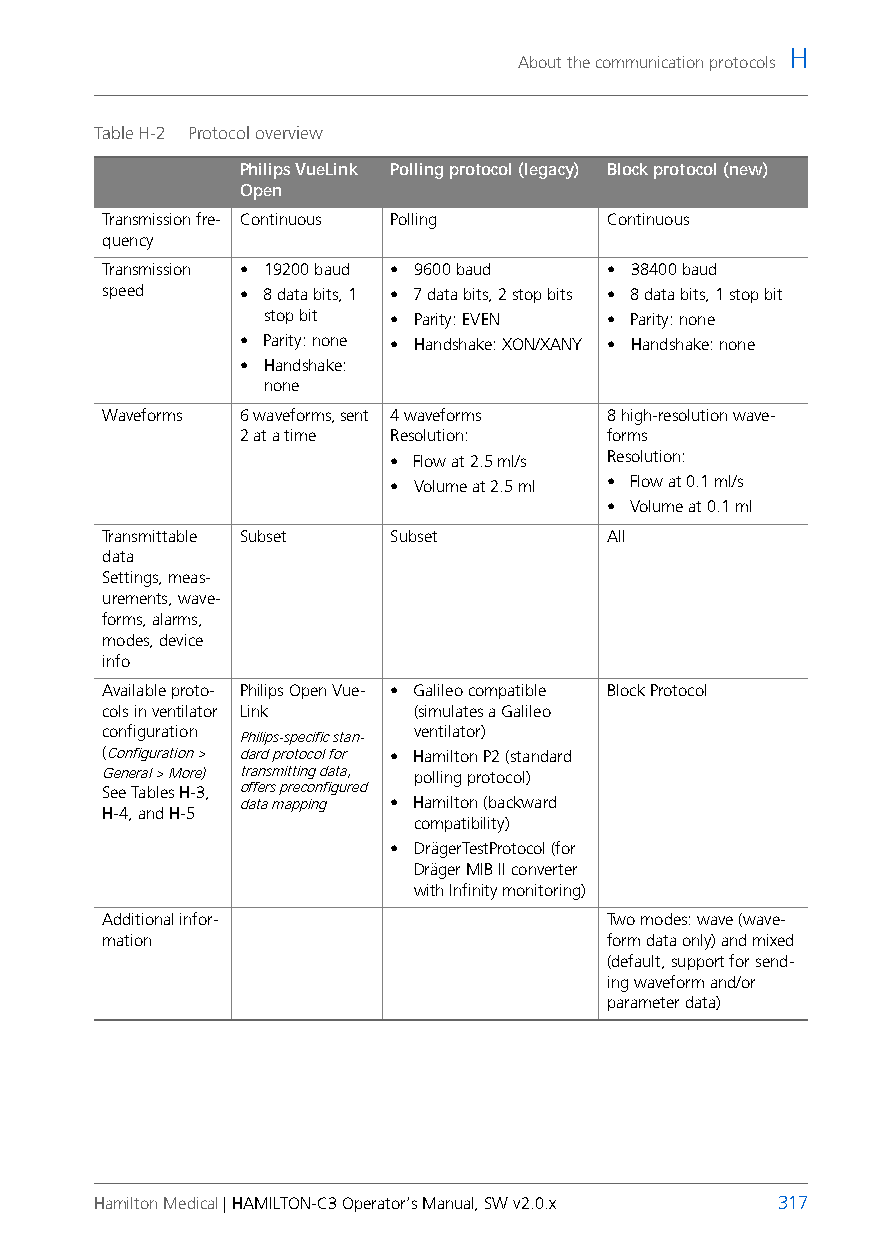
H
 About the communication protocols
 Table H-2 Protocol overview
 Philips VueLink Polling protocol (legacy) Block protocol (new)
 Open
 Transmission fre- Continuous Polling Continuous
 quency
 Transmission • 19200 baud • 9600 baud • 38400 baud
 speed    • 8 data bits, 1 • 7 data bits, 2 stop bits • 8 data bits, 1 stop bit
 stop bit • Parity: EVEN • Parity: none
 • Parity: none • Handshake: XON/XANY • Handshake: none
 • Handshake:
 none
 Waveforms 6 waveforms, sent 4 waveforms 8 high-resolution wave-
 2 at a time Resolution: forms
 • Flow at 2.5 ml/s Resolution:
 • Volume at 2.5 ml • Flow at 0.1 ml/s
 • Volume at 0.1 ml
 Transmittable Subset Subset      All
 data
 Settings, meas-
 urements, wave-
 forms, alarms,
 modes, device
 info
 Available proto- Philips Open Vue- • Galileo compatible Block Protocol
 cols in ventilator Link (simulates a Galileo
 configuration        ventilator)
 Philips-specific stan-
 (Configuration > dard protocol for • Hamilton P2 (standard
 General > More) transmitting data, polling protocol)
 See Tables H-3, offers preconfigured
 data mapping • Hamilton (backward
 H-4, and H-5
 compatibility)
 • DrägerTestProtocol (for
 Dräger MIB II converter
 with Infinity monitoring)
 Additional infor-                Two modes: wave (wave-
 mation                           form data only) and mixed
 (default, support for send-
 ing waveform and/or
 parameter data)
 Hamilton Medical | HAMILTON-C3 Operator’s Manual, SW v2.0.x 317